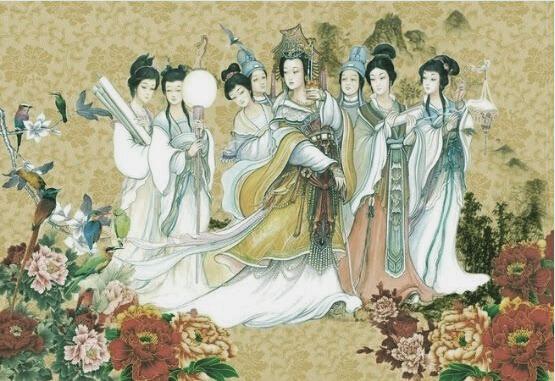
明朝游上苑，火速报春知。